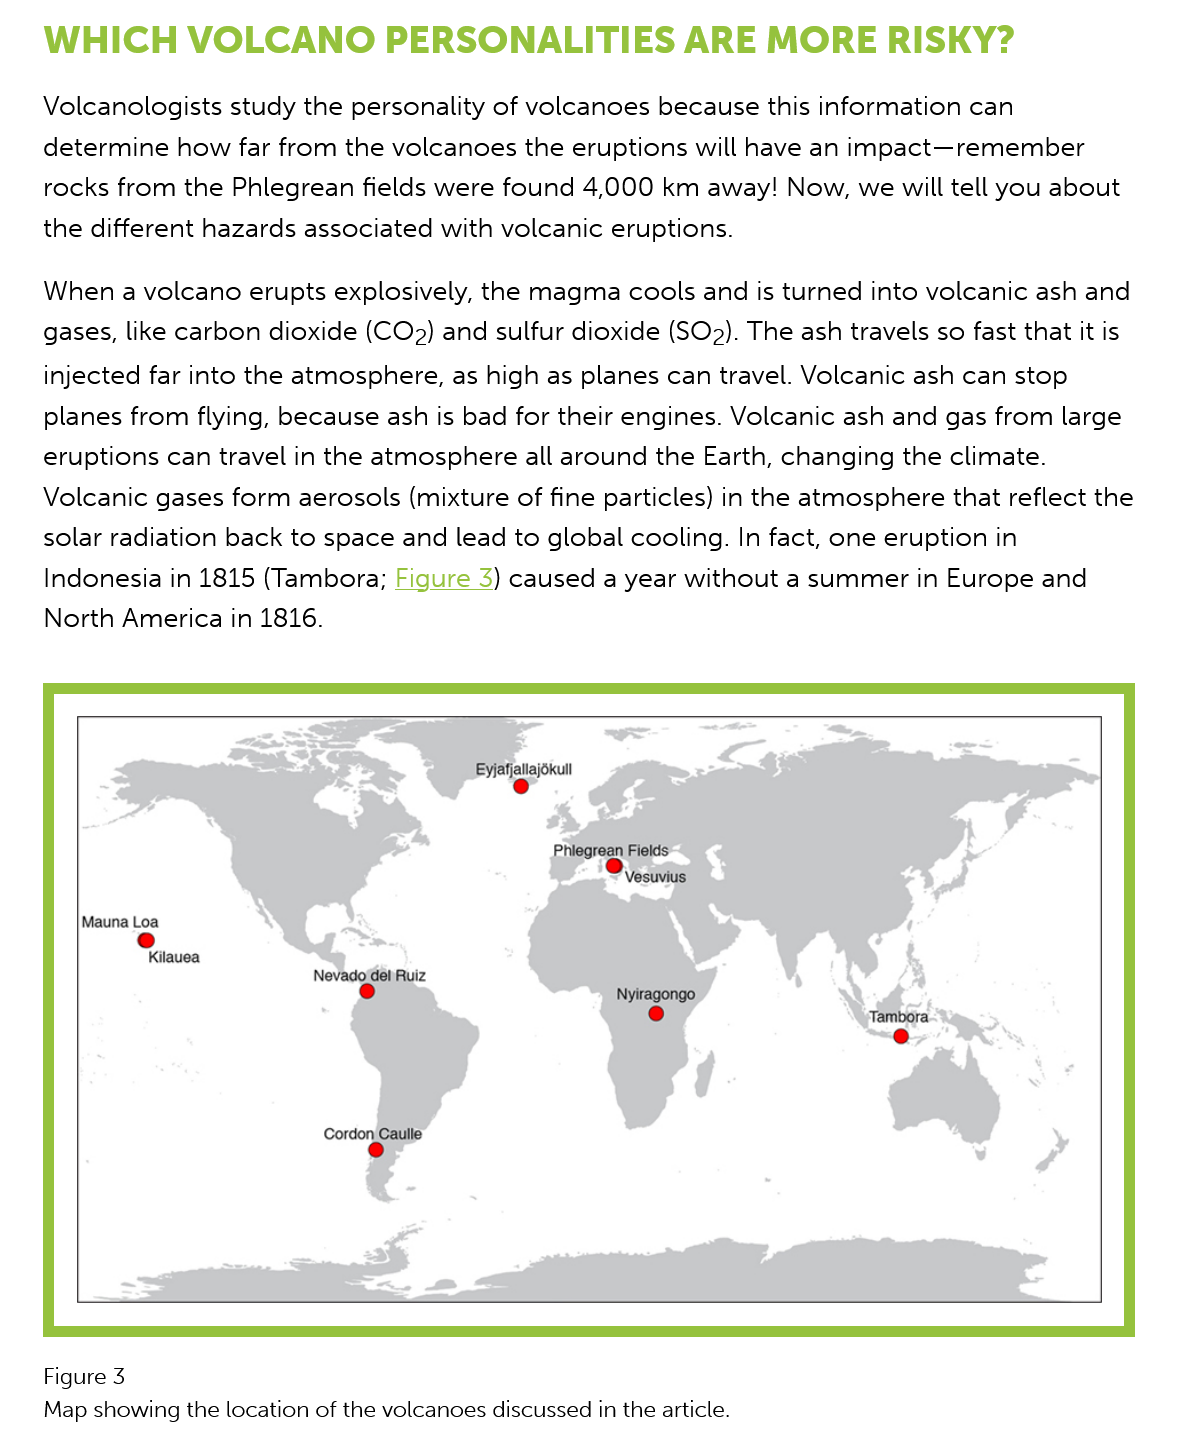
WHICH    VOLCANO    PERSONALITIES    ARE   MORE   RISKY?
    Volcanologists study the personality of volcanoes because this information can
    determine how far from the volcanoes the eruptions will have an impact—remember
    rocks from the Phlegrean fields were found 4,000 km away! Now, we will tell you about
    the different hazards associated with volcanic eruptions.
    When a volcano erupts explosively, the magma cools and is turned into volcanic ash and
    gases, like carbon dioxide (CO2) and sulfur dioxide (SO2). The ash travels so fast that it is
    injected far into the atmosphere, as high as planes can travel. Volcanic ash can stop
    planes from flying, because ash is bad for their engines. Volcanic ash and gas from large
    eruptions can travel in the atmosphere all around the Earth, changing the climate.
    Volcanic gases form aerosols (mixture of fine particles) in the atmosphere that reflect the
    solar radiation back to space and lead to global cooling. In fact, one eruption in
    Indonesia in 1815 (Tambora; Figure 3) caused a year without a summer in Europe and
    North America in 1816.
    Figure 3
    Map showing the location of the volcanoes discussed in the article.

     Mauna Loa
     Kilauea
     Nevado‘del Ruiz
     e
     Eyjatjallajokull
     e
     Phlegrean Fields
     Vesuvius